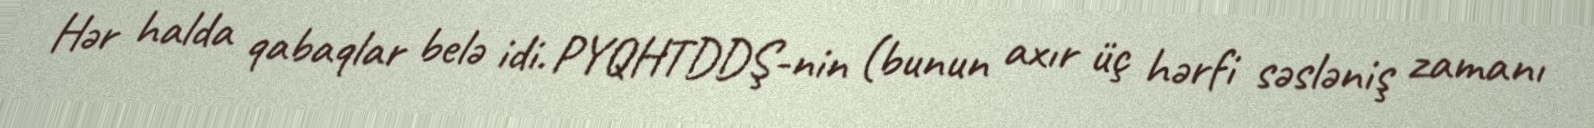
Hər halda qabaqlar belə idi. PYQHTDDŞ-nin (bunun axır üç hərfi səsləniş zamanı